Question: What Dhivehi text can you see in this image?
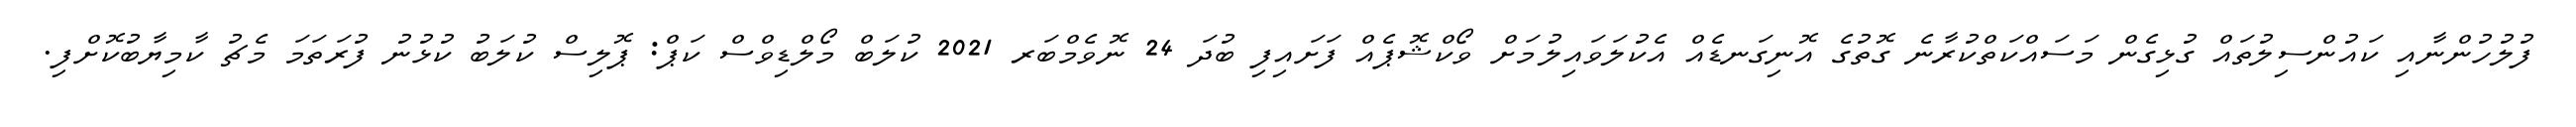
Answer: ފުލުހުންނާއި ކައުންސިލުތައް ގުޅިގެން މަސައްކަތްކުރާނެ ގޮތުގެ އޮނިގަނޑެއް އެކުލަވައިލުމަށް ވޯކްޝޮޕެއް ފަށައިފި ބުދަ 24 ނޮވެމްބަރ 2021 ކުލަބް މޯލްޑިވްސް ކަޕް: ޕޮލިސް ކުލަބު ކުޅުނު ފުރަތަމަ މެޗު ކާމިޔާބުކޮށްފި.